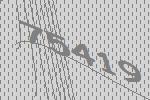
75419